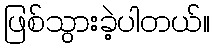
ဖြစ်သွားခဲ့ပါတယ်။